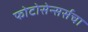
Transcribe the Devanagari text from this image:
फोटोसेन्सर्सचा